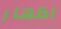
اظهار